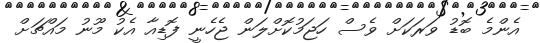
އެންމެ ބޮޑު ވަރަކަށް ވެސް ހަޖަމުކޮށްލަން ޖެހެނީ ފޮޑިއާ އެކު މޫނު މައްޗަށް